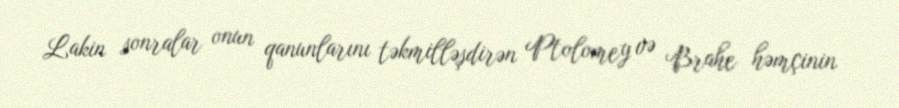
Lakin sonralar onun qanunlarını təkmilləşdirən Ptolomey və Brahe həmçinin